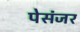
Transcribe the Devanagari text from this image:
पेसंजर